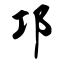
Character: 邛